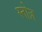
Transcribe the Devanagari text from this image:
स्नोज़